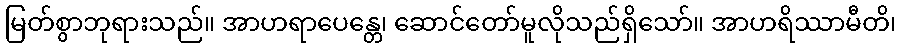
မြတ်စွာဘုရားသည်။ အာဟရာပေန္တေ၊ ဆောင်တော်မူလိုသည်ရှိသော်။ အာဟရိဿာမီတိ၊